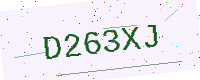
Text: D263XJ